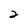
Character: 2